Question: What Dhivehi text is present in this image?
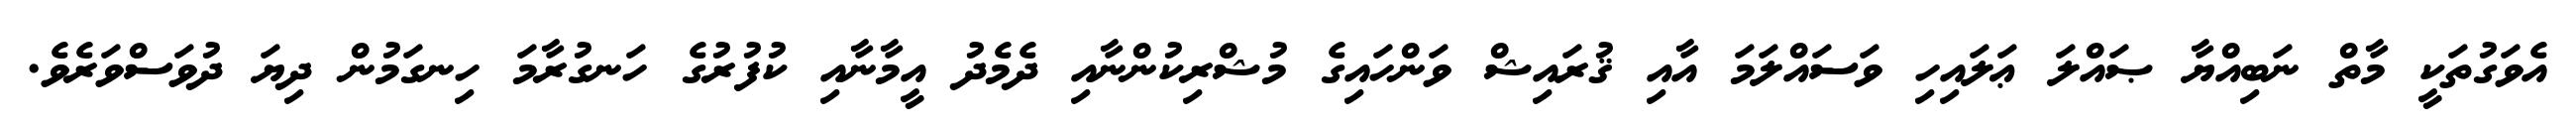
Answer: އެވަގުތަކީ މާތް ނަބިއްޔާ ޞައްލަ ޢަލައިހި ވަސައްލަމަ އާއި ޤުރައިޝް ވަންހައިގެ މުޝްރިކުންނާއި ދެމެދު އީމާނާއި ކުފުރުގެ ހަނގުރާމަ ހިނގަމުން ދިޔަ ދުވަސްވަރެވެ.